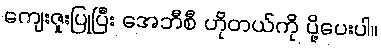
ကျေးဇူးပြုပြီး အေဘီစီ ဟိုတယ်ကို ပို့ပေးပါ။